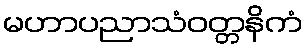
မဟာပညာသံဝတ္တနိကံ